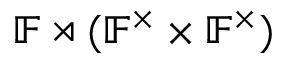
\mathbb { F } \rtimes ( \mathbb { F } ^ { \times } \times \mathbb { F } ^ { \times } )